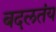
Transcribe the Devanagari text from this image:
बदलतंय